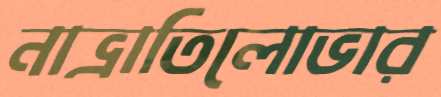
নাভ্রাতিলোভার